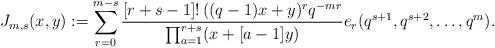
LaTeX: \begin{align*}J_{m, s}(x, y):=\sum_{r=0}^{m-s}\frac{[r+s-1]!\,((q-1)x+y)^{r}q^{-mr}}{\prod_{a=1}^{r+s}(x+[a-1]y)}e_{r}(q^{s+1}, q^{s+2}, \ldots , q^{m}). \end{align*}